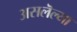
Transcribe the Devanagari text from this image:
असलॆल्या